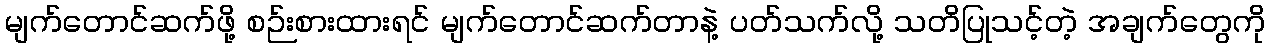
မျက်တောင်ဆက်ဖို့ စဉ်းစားထားရင် မျက်တောင်ဆက်တာနဲ့ ပတ်သက်လို့ သတိပြုသင့်တဲ့ အချက်တွေကို